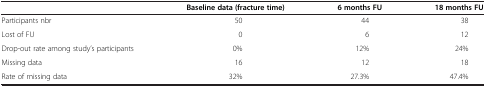
<table><thead><tr><td><b> </b></td><td><b>Baseline data (fracture time)</b></td><td><b>6 months FU</b></td><td><b>18 months FU</b></td></tr></thead><tbody><tr><td>Participants nbr</td><td>50</td><td>44</td><td>38</td></tr><tr><td>Lost of FU</td><td>0</td><td>6</td><td>12</td></tr><tr><td>Drop-out rate among study’s participants</td><td>0%</td><td>12%</td><td>24%</td></tr><tr><td>Missing data</td><td>16</td><td>12</td><td>18</td></tr><tr><td>Rate of missing data</td><td>32%</td><td>27.3%</td><td>47.4%</td></tr></tbody></table>